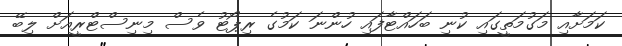
ކަމަށާއި މަގުމަތީގައި ކުނި ބަހައްޓާފައި ހުންނަ ކަމުގެ ރިޕޯޓު ވެސް މިނިސްޓްރީއަށް ލިބޭ